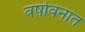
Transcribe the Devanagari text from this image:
वर्षावनात